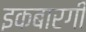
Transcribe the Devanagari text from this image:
इकबारगी